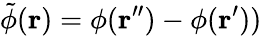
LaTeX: \tilde{\phi}(\mathbf{r})=\phi(\mathbf{r}^{\prime\prime})-\phi(\mathbf{r}^{\prime}))